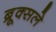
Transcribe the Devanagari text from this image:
ब्रूक्सले